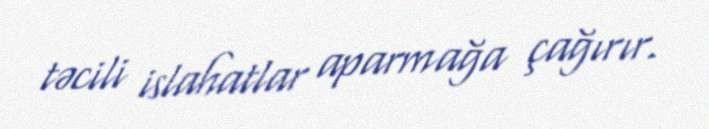
təcili islahatlar aparmağa çağırır.